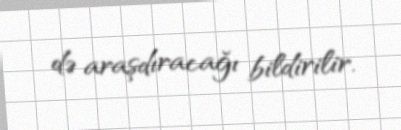
də araşdıracağı bildirilir.